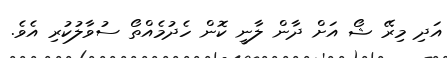
އަދި މިރޭ ޝޯ އަށް ދާން ލާނީ ކޮން ހެދުމެއްތޯ ސުވާލުކުރި އެވެ.